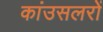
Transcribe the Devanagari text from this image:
कांउसलरों